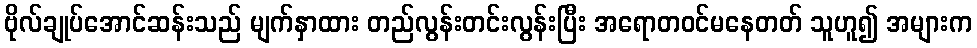
ဗိုလ်ချုပ်အောင်ဆန်းသည် မျက်နှာထား တည်လွန်းတင်းလွန်းပြီး အရောတဝင်မနေတတ် သူဟူ၍ အများက